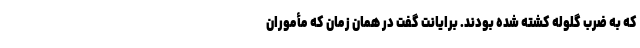
که به ضرب گلوله کشته شده بودند. برایانت گفت در همان زمان که مأموران